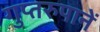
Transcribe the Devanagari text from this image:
गुप्तरुपानें